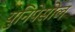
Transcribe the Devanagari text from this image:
युनिपेसोल